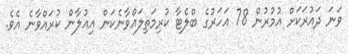
ވަނަ ދައުރަކަށް އުމުރުން 78 އަހަރުގެ ބްލެޓާ ކުރިމަތިލައްވާނެކަން އިއުލާން ކުރައްވާނެ އެވެ.